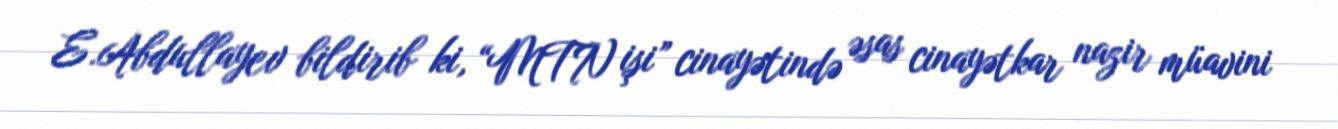
E.Abdullayev bildirib ki, “MTN işi” cinayətində əsas cinayətkar nazir müavini